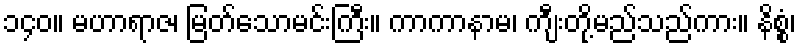
၁၄၀။ မဟာရာဇ၊ မြတ်သောမင်းကြီး။ ကာကာနာမ၊ ကျီးတို့မည်သည်ကား။ နိစ္စံ၊